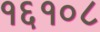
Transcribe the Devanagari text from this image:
१६१०८